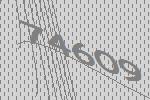
74609